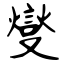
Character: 燮